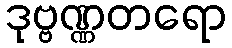
ဒုဗ္ဗဏ္ဏတရော